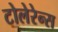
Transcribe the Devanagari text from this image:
टोलेरेन्स